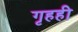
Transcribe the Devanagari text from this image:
गृहही